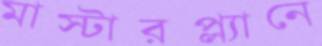
মাস্টারপ্ল্যানে